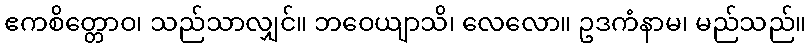
ဧကစိတ္တောဝ၊ သည်သာလျှင်။ ဘဝေယျာသိ၊ လေလော။ ဥဒကံနာမ၊ မည်သည်။